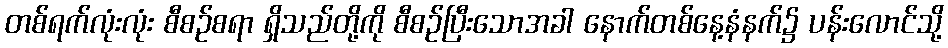
တစ်ရက်လုံးလုံး စီစဉ်စရာ ရှိသည်တို့ကို စီစဉ်ပြီးသောအခါ နောက်တစ်နေ့နံနက်၌ ပန်းလောင်သို့